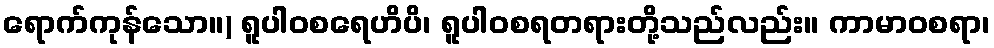
ရောက်ကုန်သော။) ရူပါဝစရေဟိပိ၊ ရူပါဝစရတရားတို့သည်လည်း။ ကာမာဝစရာ၊